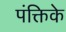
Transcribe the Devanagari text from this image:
पंक्तिके